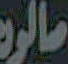
مالوہ